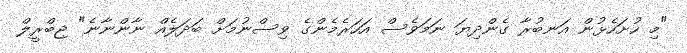
"މި ހުށަހެޅުން އަނބުރާ ގެންދިޔަ ނަމަވެސް އަހަރެމެންގެ ވިސްނުމަަށް ބަދަލެއް ނާންނާނެ" ޖިބްރީލް